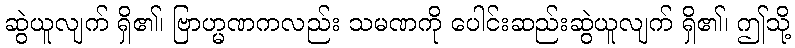
ဆွဲယူလျက် ရှိ၏၊ ဗြာဟ္မဏကလည်း သမဏကို ပေါင်းဆည်းဆွဲယူလျက် ရှိ၏၊ ဤသို့